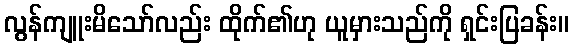
လွန်ကျူးမိသော်လည်း ထိုက်၏ဟု ယူမှားသည်ကို ရှင်းပြခန်း။